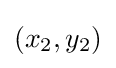
\left(x_{2},y_{2}\right)